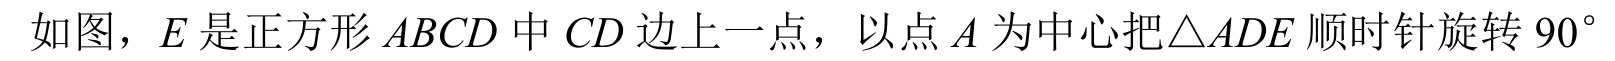
如图，\(E\)是正方形\(ABCD\)中\(CD\)边上一点，以点\(A\)为中心把\(\triangle ADE\)顺时针旋转\(90^{\circ}\)